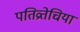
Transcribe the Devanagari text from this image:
पतिव्रतेचिया